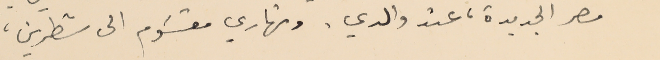
مصر الجديدة، عند والدي، ونهاري مقسَوم الى شطرين،